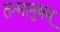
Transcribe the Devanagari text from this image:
तन्मानुषम्